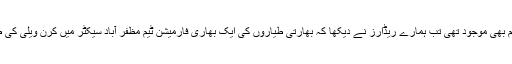
تیسری ائیر پٹرول ٹیم بھی موجود تھی تب ہمارے ریڈارز نے دیکھا کہ بھارتی طیاروں کی ایک بھاری فارمیشن ٹیم مظفر آباد سیکٹر میں کرن ویلی کی طرف سے آرہی ہے۔